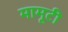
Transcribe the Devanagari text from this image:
मामूटी